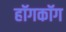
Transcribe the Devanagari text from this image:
हॉगकॉग